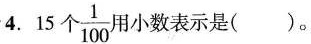
4. 15 个 \frac{1}{100} 小数表示是( )。